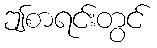
ဤစာရင်းတွင်